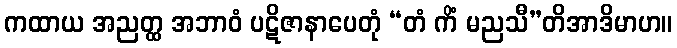
ကထာယ အညတ္ထ အဘာဝံ ပဋိဇာနာပေတုံ “တံ ကိံ မညသီ”တိအာဒိမာဟ။